Report on malaria in the Punjab during the year ...  together with an account of the work of the Punjab Malaria Bureau - Volume 5
Disease focus: Malaria
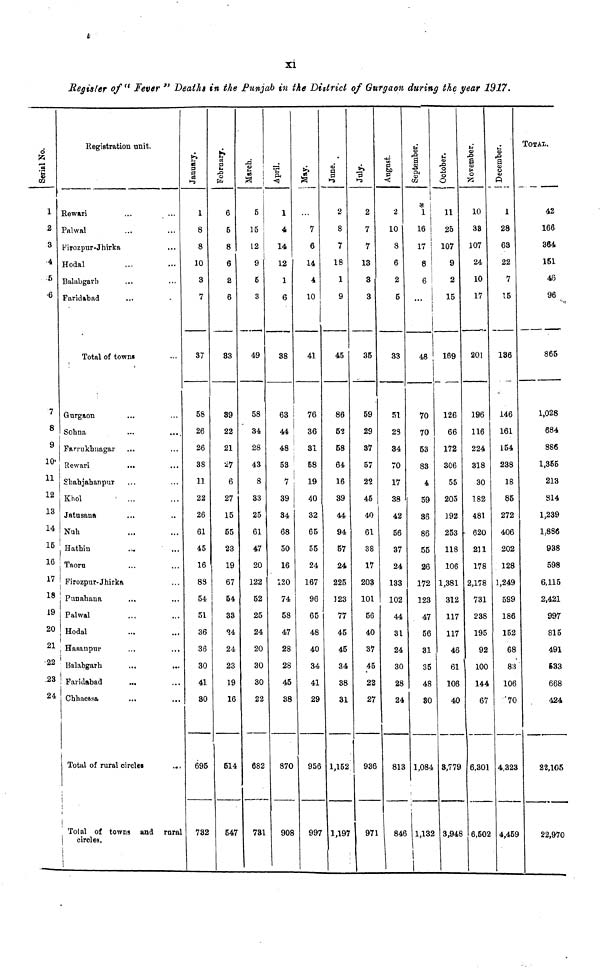
xi
Register of " Fever " Deaths in the Punjab in the District of Gurgaon during the year 1917.
1
2
3
4
5
•6
7
8
9
10'
11
12
13
14
15
16
17
18
19
20
21
22
23
24
Registration unit
Rewari
Palwal
Firozpur-Jhirka
Hodal
Balabgarb
Faridabad
...
...
Total of towns
Gurgaon
Sohna
Farruknagar
Rewari
Shahjahanpur
Khol
Jatusana
Nuh
Hathin
Taoru
Firozpur-Jhirka
Punabana
Palwal
Hodal
Hasanpur
Balabgarb
Faridabad
Chhaessa
Total of rural c
...
...
...
...
...
...
...
...
...
...
...
...
...
...
...
...
...
...
...
...
Tolal of towns and rural
circles.
i
January.
1
8
8
10
3
7
37
58
26
26
38
11
22
26
61
45
16
88
54
51
36
36
30
41
30
695
732
6
5
8
6
2
6
33
39
22
21
27
6
27
15
55
23
19
67
54
33
24
24
23
19
16
514
547
March.
5
15
12
9
5
3
49
58
34
28
43
8
33
25
61
47
20
122
52
25
24
20
30
30
22
682
731
April.
1
4
14
12
1
6
38
63
44
48
53
7
39
34
68
50
16
120
74
58
47
28
28
45
38
870
908
7
6
14
4
10
41
76
36
31
58
19
40
32
65
55
24
167
96
65
48
40
34
41
29
956
997
June.
2
8
7
18
1
9
45
86
52
58
64
16
39
44
94
57
24
225
123
77
45
45
34
38
31
1,152
1,197
July.
2
7
7
13
3
3
35
59
29
37
57
22
45
40
61
38
17
203
101
56
40
37
45
22
27
936
971
August.
2
10
8
6
2
5
33
51
23
34
70
17
38
42
56
37
24
133
102
44
31
24
30
28
24
813
846
16
17
8
6
48
70
70
53
83
4
59
36
86
55
26
172
123
47
56
31
35
48
30
1,084
1,132
October.
11
25
107
9
2
15
169
126
66
172
306
55
205
192
253
118
106
1,381
312
117
117
4
61
106
40
3,779
3,948
55
10
33
107
24
10
17
201
196
116
224
318
30
182
481
620
211
178
2,178
731
238
195
92
100
144
67
6,301
6.502
CD
CD
1
28
63
22
7
15
136
146
161
154
238
18
85
272
406
202
128
1,249
599
186
152
68
83
106
70
4,323
4,459
TOTAL.
42
166
364
151
46
96
865
1,028
684
886
1,355
213
814
1,239
1,886
938
598
6,115
2,421
997
815
491
533
668
424
22,970